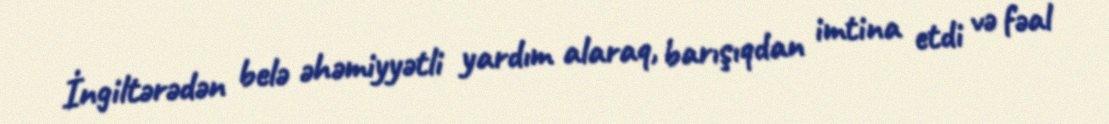
İngiltərədən belə əhəmiyyətli yardım alaraq, barışıqdan imtina etdi və fəal